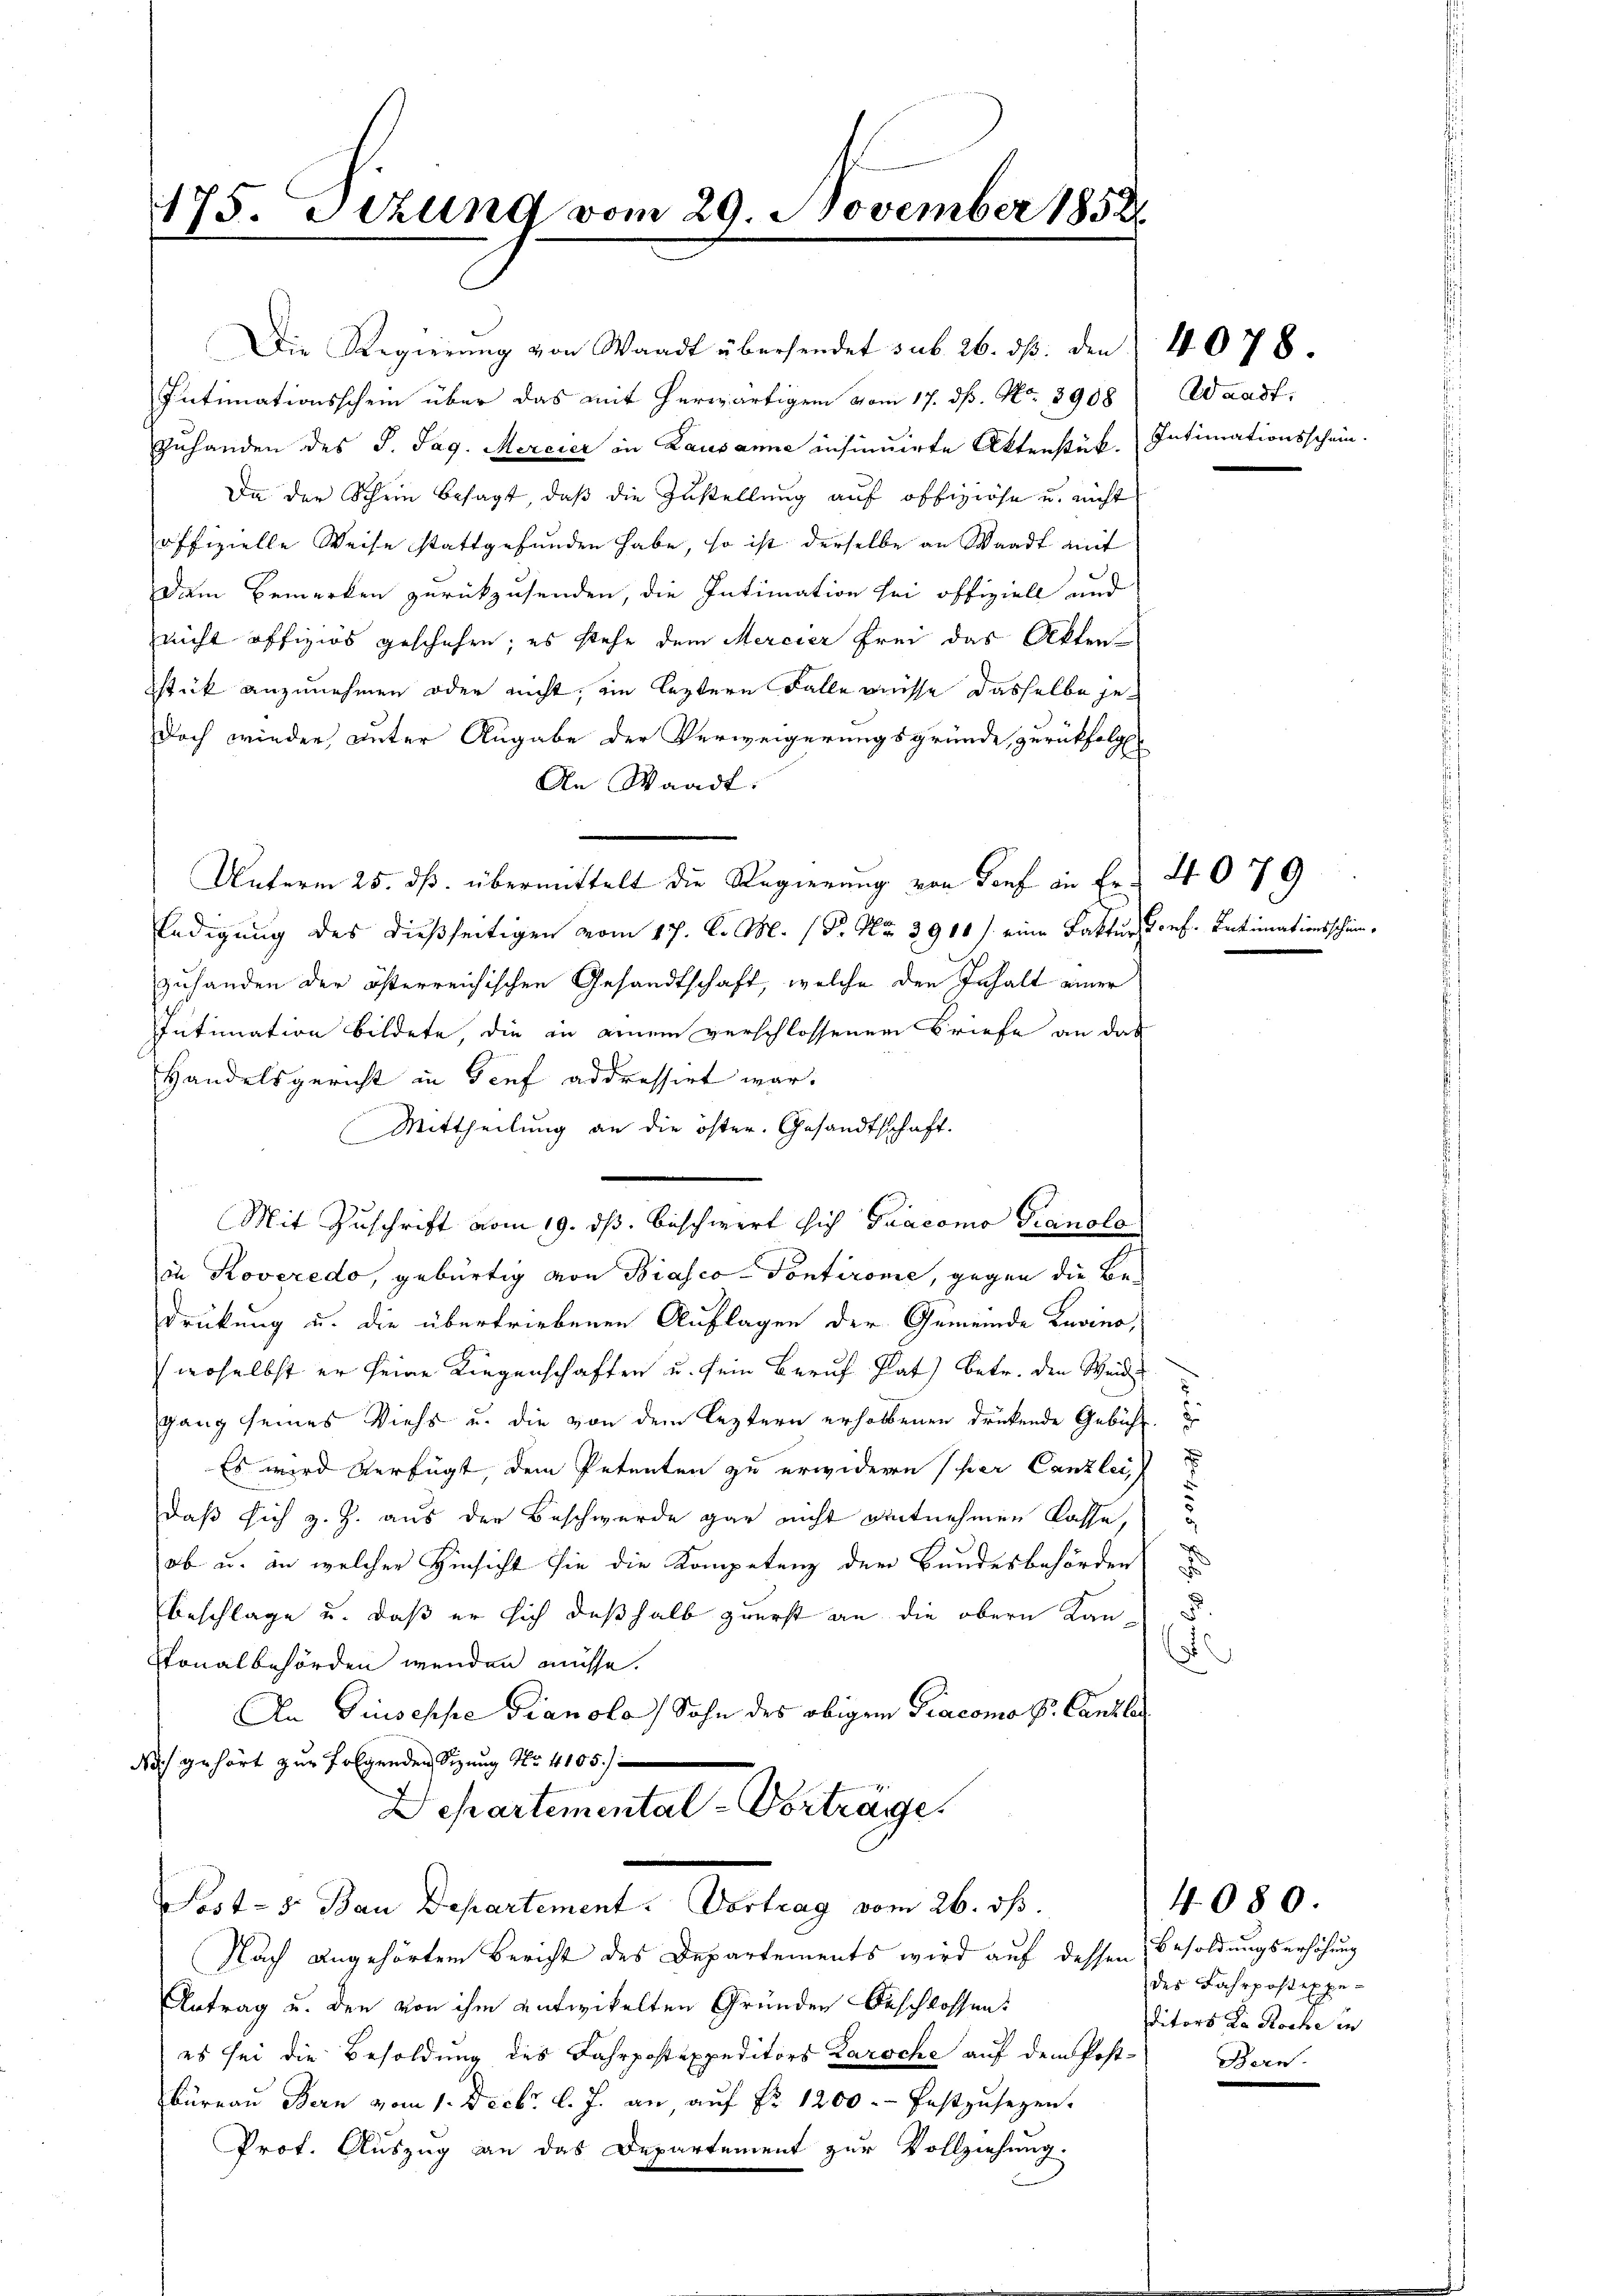
175. Sitzung vom 29. November 1852
.............................

Die Regierŭng von Waadt übersendet sub. 26. dβ. den 4078.
Intimationsschein über das mit herwärtigen vom 17. ds. No. 8908) Waadt,
zuhanden des J. Tag. Mercier in Lausanne insinuirte Aktenstück. Intimationsschein.
Da der Schein besagt, daß die Zustellung auf offiziöse u. nicht
offizielle Weise stattgefunden habe, so ist derselbe an Waadt mit
Dem Bemerken zurückzusenden, die Intimation sei offiziell und
nicht offiziös geschehen; es stehe dem Mercier frei das Akten
stück anzunehmen oder nicht, im leztere Falle wisse dasselbe je¬
Doch wieder unter Angabe der Verweigerungsgründe, zurückfolg
An Waadt:
Unterm 25. dß. übermittelt die Regierung von Torf an Fr. 2079
ledigung des dießseitigen vom 17. d. M. (S. Nr. 3910 /. eine Faktur, Porf. Intimationsscheinzuhanden der österreichischen Gesandtschaft, welche den Inhalt einer
Intimation bildete, die in einem verschlossenen Briefe an das
Handelsgericht in Genf addressirt war.
Mittheilung an die öster. Gesandtschaft.
in Roveredo, gebürtig von Biasco- Pontirome, gegen die Be-
Drückung u. die übertriebenen Auflagen der Gemeinde Lavino,
2
woselbst er seine Liegenschaften u. sein Beruf Plat) betr. den Weide
gang seines Viehs u. die von dem leztern erholtenen drückende Gebühr.
Es wird verfügt, dem Petenten zu erwidern hier Canzlei
daß sich z. Z. aus der Beschwerde gar nicht entnehmen lasse,
ob u. in welcher Hinsicht sie die Kompetenz der Bundesbehörden
.
beschlage u. daß er sich deßhalb zuerst an die obern Kan¬
¬
Stonalbehörden wenden müsse.
An Giuseppe Pianola Sohn des obigem Gracomo S. Canzler
Noch gehört zur Folgenden Sitzung No. 4105.
Departemental-Vorträge.
Post- 5. Bau Departement. Vortrag vom 26. ds.
Nach angehörten Bericht des Departements wird auf dessen Besoldungserhöhung
Antrag u. den von ihm entwickelten Gründen Beschlossens
es sei die Besoldung des Fahrpostexpeditors Karoche auf dem Post-Bern-
Büreaŭ Bern vom 1. Decbr. l. J. an aŭf Fr. 1200. festzusetzen.
Prof. Auszug an das Departement zur Vollziehung.

Mit Zuschrift vom 19. ds. beschwert sich Gracomo Pianolo

des Fahrpost expeditors Da Roche in

4080.